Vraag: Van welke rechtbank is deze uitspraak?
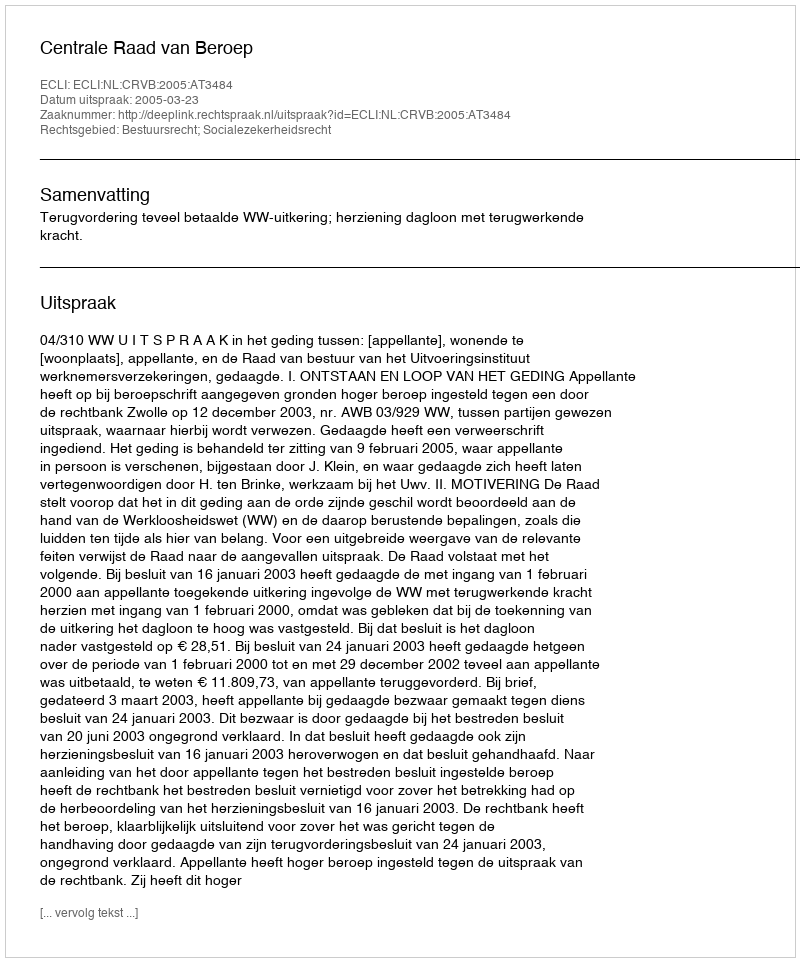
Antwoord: Centrale Raad van Beroep